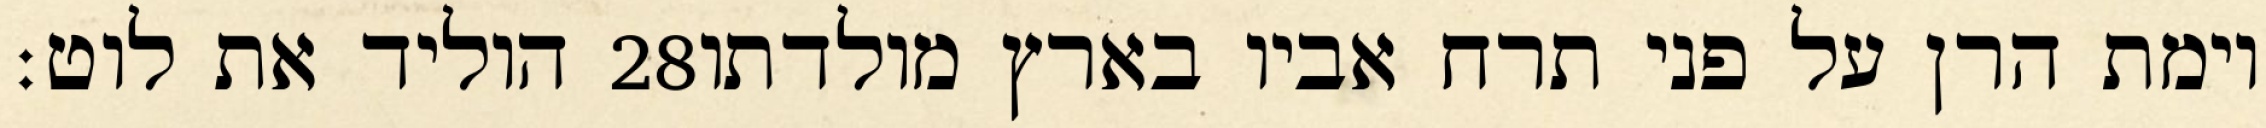
הוליד את לוט׃ ‎28‏ וימת הרן על פני תרח אביו בארץ מולדתו